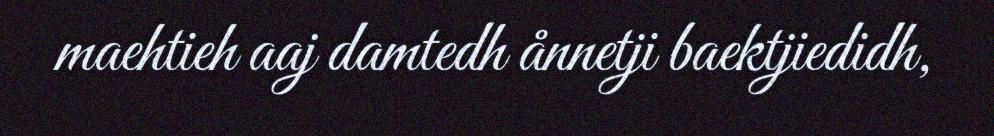
maehtieh aaj damtedh ånnetji baektjiedidh,